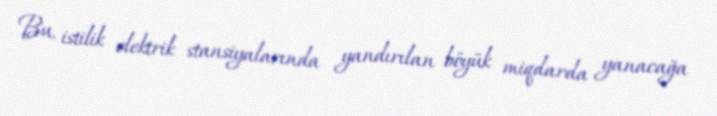
Bu, istilik elektrik stansiyalarında yandırılan böyük miqdarda yanacağa